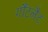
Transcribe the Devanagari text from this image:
गौंटलैट